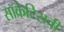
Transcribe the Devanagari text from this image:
सॉक्रेटिसची